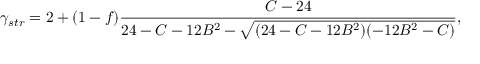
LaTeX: \gamma _ { s t r } = 2 + ( 1 - f ) \frac { C - 2 4 } { 2 4 - C - 1 2 B ^ { 2 } - \sqrt { ( 2 4 - C - 1 2 B ^ { 2 } ) ( - 1 2 B ^ { 2 } - C ) } } ,